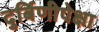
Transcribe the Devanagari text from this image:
दुर्बिणीपेक्षा